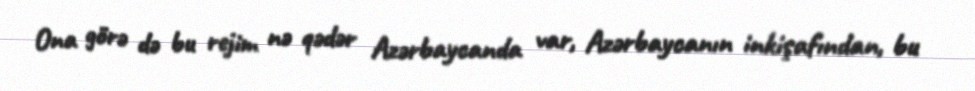
Ona görə də bu rejim nə qədər Azərbaycanda var, Azərbaycanın inkişafından, bu